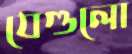
যেগুলো